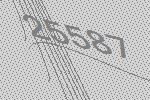
25587